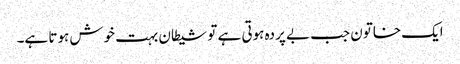
ایک خاتون جب بے پردہ ہوتی ہے تو شیطان بہت خوش ہوتا ہے۔